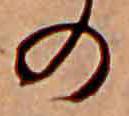
の